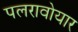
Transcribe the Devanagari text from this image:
पलरावोयार